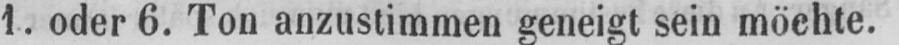
1. oder 6. Ton anzustimmen geneigt sein möchte.